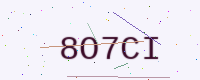
Text: 8O7CI